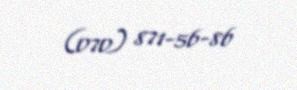
(070) 871-56-86